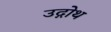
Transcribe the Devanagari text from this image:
उद्गोथ